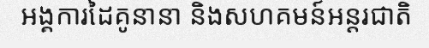
អង្គការដៃគូនានា និងសហគមន៍អន្តរជាតិ